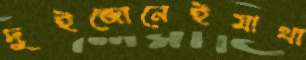
দুইজোনেইমাথা